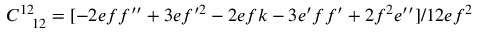
C _ { \phantom { 1 2 } 1 2 } ^ { 1 2 } = [ - 2 e f f ^ { \prime \prime } + 3 e f ^ { \prime 2 } - 2 e f k - 3 e ^ { \prime } f f ^ { \prime } + 2 f ^ { 2 } e ^ { \prime \prime } ] / 1 2 e f ^ { 2 }